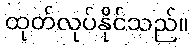
ထုတ်လုပ်နိုင်သည်။